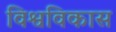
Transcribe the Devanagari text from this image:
विश्वविकास